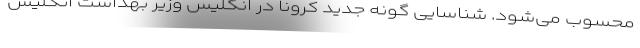
محسوب می‌شود. شناسایی گونه جدید کرونا در انگلیس وزیر بهداشت انگلیس